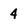
Character: 4